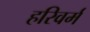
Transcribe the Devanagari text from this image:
हरिवर्म